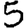
Digit: 5